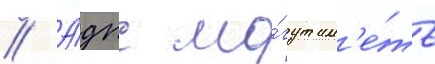
// А́дпс мо́гут им'е́ть